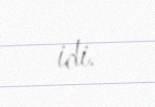
idi.